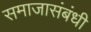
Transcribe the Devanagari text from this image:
समाजासंबंधी